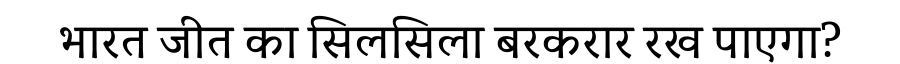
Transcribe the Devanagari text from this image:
भारत जीत का सिलसिला बरकरार रख पाएगा?